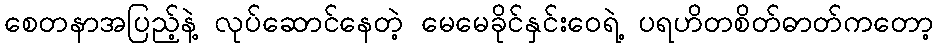
စေတနာအပြည့်နဲ့ လုပ်ဆောင်နေတဲ့ မေမေခိုင်နှင်းဝေရဲ့ ပရဟိတစိတ်ဓာတ်ကတော့